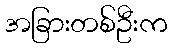
အခြားတစ်ဦးက